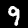
Label: 9